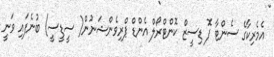
އެމެރިކާގެ ސެންޓާ ފޮ ޑިސީޒް ކޮންޓްރޯލް އެންޑް ޕްރިވެންޝަނުން( ސީޑީސީ) ބުނެފައި ވަނީ